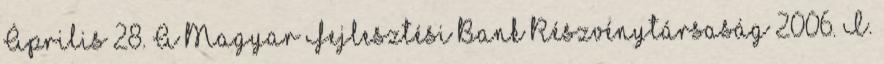
Április 28. A Magyar Fejlesztési Bank Részvénytársaság 2006. I.